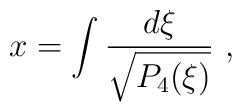
x = \int {d\xi \over \sqrt{P_4 (\xi)}} \ ,